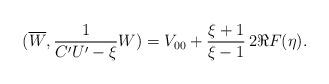
LaTeX: \begin{align*}(\overline{W},\frac{1}{C'U'-\xi}W)=V_{00}+\frac{\xi+1}{\xi-1}\,2\Re F(\eta).\end{align*}